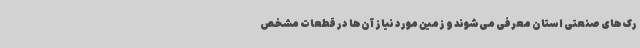
رک‌های صنعتی استان معرفی می‌شوند و زمین مورد نیاز آن‌ها در قطعات مشخص